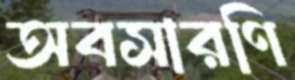
অবসারণি